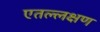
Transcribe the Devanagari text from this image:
एतल्लक्षण